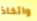
واتخاذ